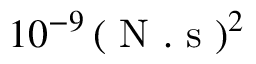
1 0 ^ { - 9 } \, ( \textrm { N } . \textrm { s } ) ^ { 2 }